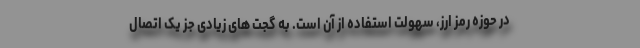
در حوزه رمز ارز، سهولت استفاده از آن است. به گجت های زیادی جز یک اتصال